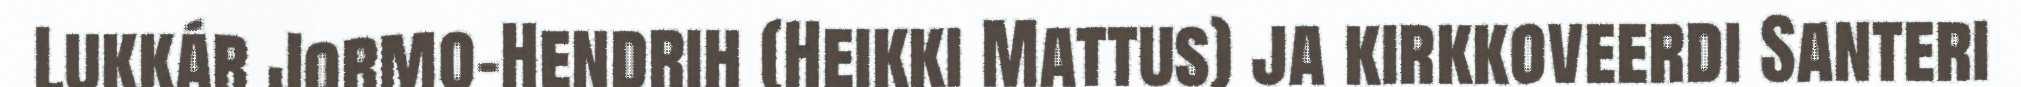
Lukkár Jormo-Hendrih (Heikki Mattus) ja kirkkoveerdi Santeri